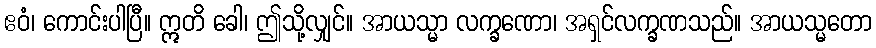
ဧဝံ၊ ကောင်းပါပြီ။ ဣတိ ခေါ၊ ဤသို့လျှင်။ အာယသ္မာ လက္ခဏော၊ အရှင်လက္ခဏသည်။ အာယသ္မတော